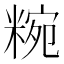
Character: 𥺹